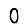
Digit: 0